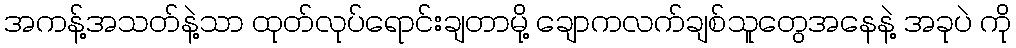
အကန့်အသတ်နဲ့သာ ထုတ်လုပ်ရောင်းချတာမို့ ချောကလက်ချစ်သူတွေအနေနဲ့ အခုပဲ ကို